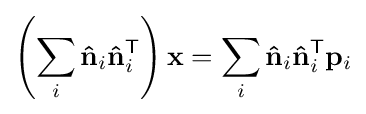
\left(\sum _{i}\mathbf {\hat {n}} _{i}\mathbf {\hat {n}} _{i}^{\mathsf {T}}\right)\mathbf {x} =\sum _{i}\mathbf {\hat {n}} _{i}\mathbf {\hat {n}} _{i}^{\mathsf {T}}\mathbf {p} _{i}